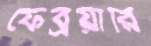
ফেব্রয়ারি